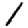
Digit: 1